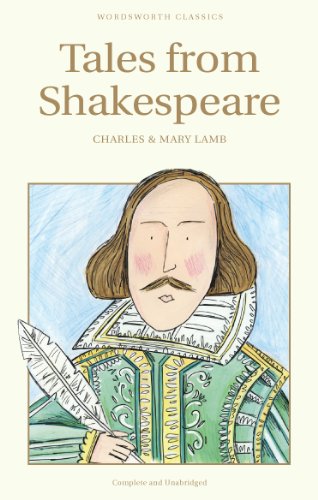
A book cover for Tales from Shakespeare (Wordsworth Children's Classics); Charles Lamb; Teen & Young Adult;